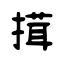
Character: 搑